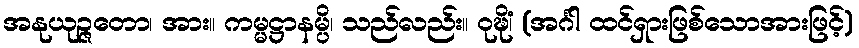
အနုယုဉ္ဇတော၊ အား။ ကမ္မဋ္ဌာနမ္ပိ၊ သည်လည်း။ ဝုဍ္ဎိံ၊ (အင်္ဂါ ထင်ရှားဖြစ်သောအားဖြင့်)